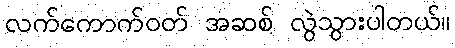
လက်ကောက်ဝတ် အဆစ် လွဲသွားပါတယ်။